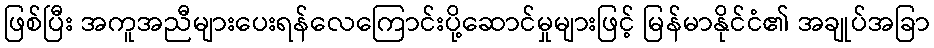
ဖြစ်ပြီး အကူအညီများပေးရန်လေကြောင်းပို့ဆောင်မှုများဖြင့် မြန်မာနိုင်ငံ၏ အချုပ်အခြာ